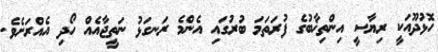
ހޮޅުދޫއަކީ ރިޔާސީ އިންތިޚާބުގެ ފުރަތަމަ ބުރުގައި އެންމެ ރަނގަޅު ނަތީޖާއެއް ހޯދި އެއްރަށެވެ.